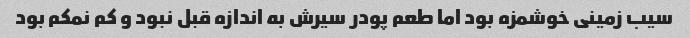
سیب زمینی خوشمزه بود اما طعم پودر سیرش به اندازه قبل نبود و کم نمکم بود